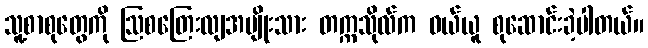
သူ့စာစုတွေကို ဩစတြေးလျအမျိုးသား တက္ကသိုလ်က ဝယ်ယူ စုဆောင်းခဲ့ပါတယ်။